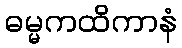
ဓမ္မကထိကာနံ